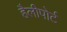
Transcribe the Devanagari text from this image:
हैलीपोर्ट